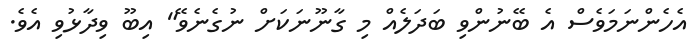
އެހެންނަމަވެސް އެ ބޭނުންވި ބަދަލެއް މި ގާނޫނަކަށް ނުގެނެވޭ" އިބޫ ވިދާޅުވި އެވެ.